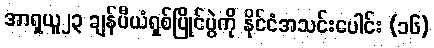
အာရှယူ၂၃ ချန်ပီယံရှစ်ပြိုင်ပွဲကို နိုင်ငံအသင်းပေါင်း (၁၆)